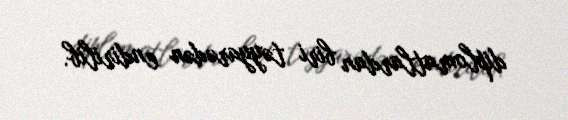
diplomatlardan biri təyyarədən endirilib.